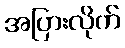
အပြားလိုက်